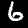
Digit: 6